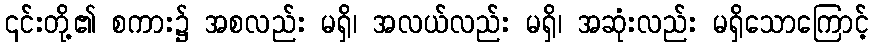
၎င်းတို့၏ စကား၌ အစလည်း မရှိ၊ အလယ်လည်း မရှိ၊ အဆုံးလည်း မရှိသောကြောင့်